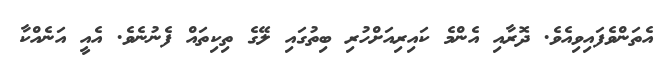
އެތަންވެފައިވިއެވެ. ދޮރާއި އެންމެ ކައިރިއަށްހުރި ބިތުގައި ލޭގެ ތިކިތައް ފެނުނެވެ. އެއީ އަނެއްކާ